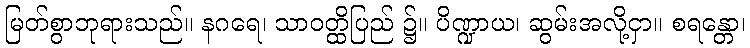
မြတ်စွာဘုရားသည်။ နဂရေ၊ သာဝတ္ထိပြည် ၌။ ပိဏ္ဍာယ၊ ဆွမ်းအလို့ငှာ။ စရန္တော၊